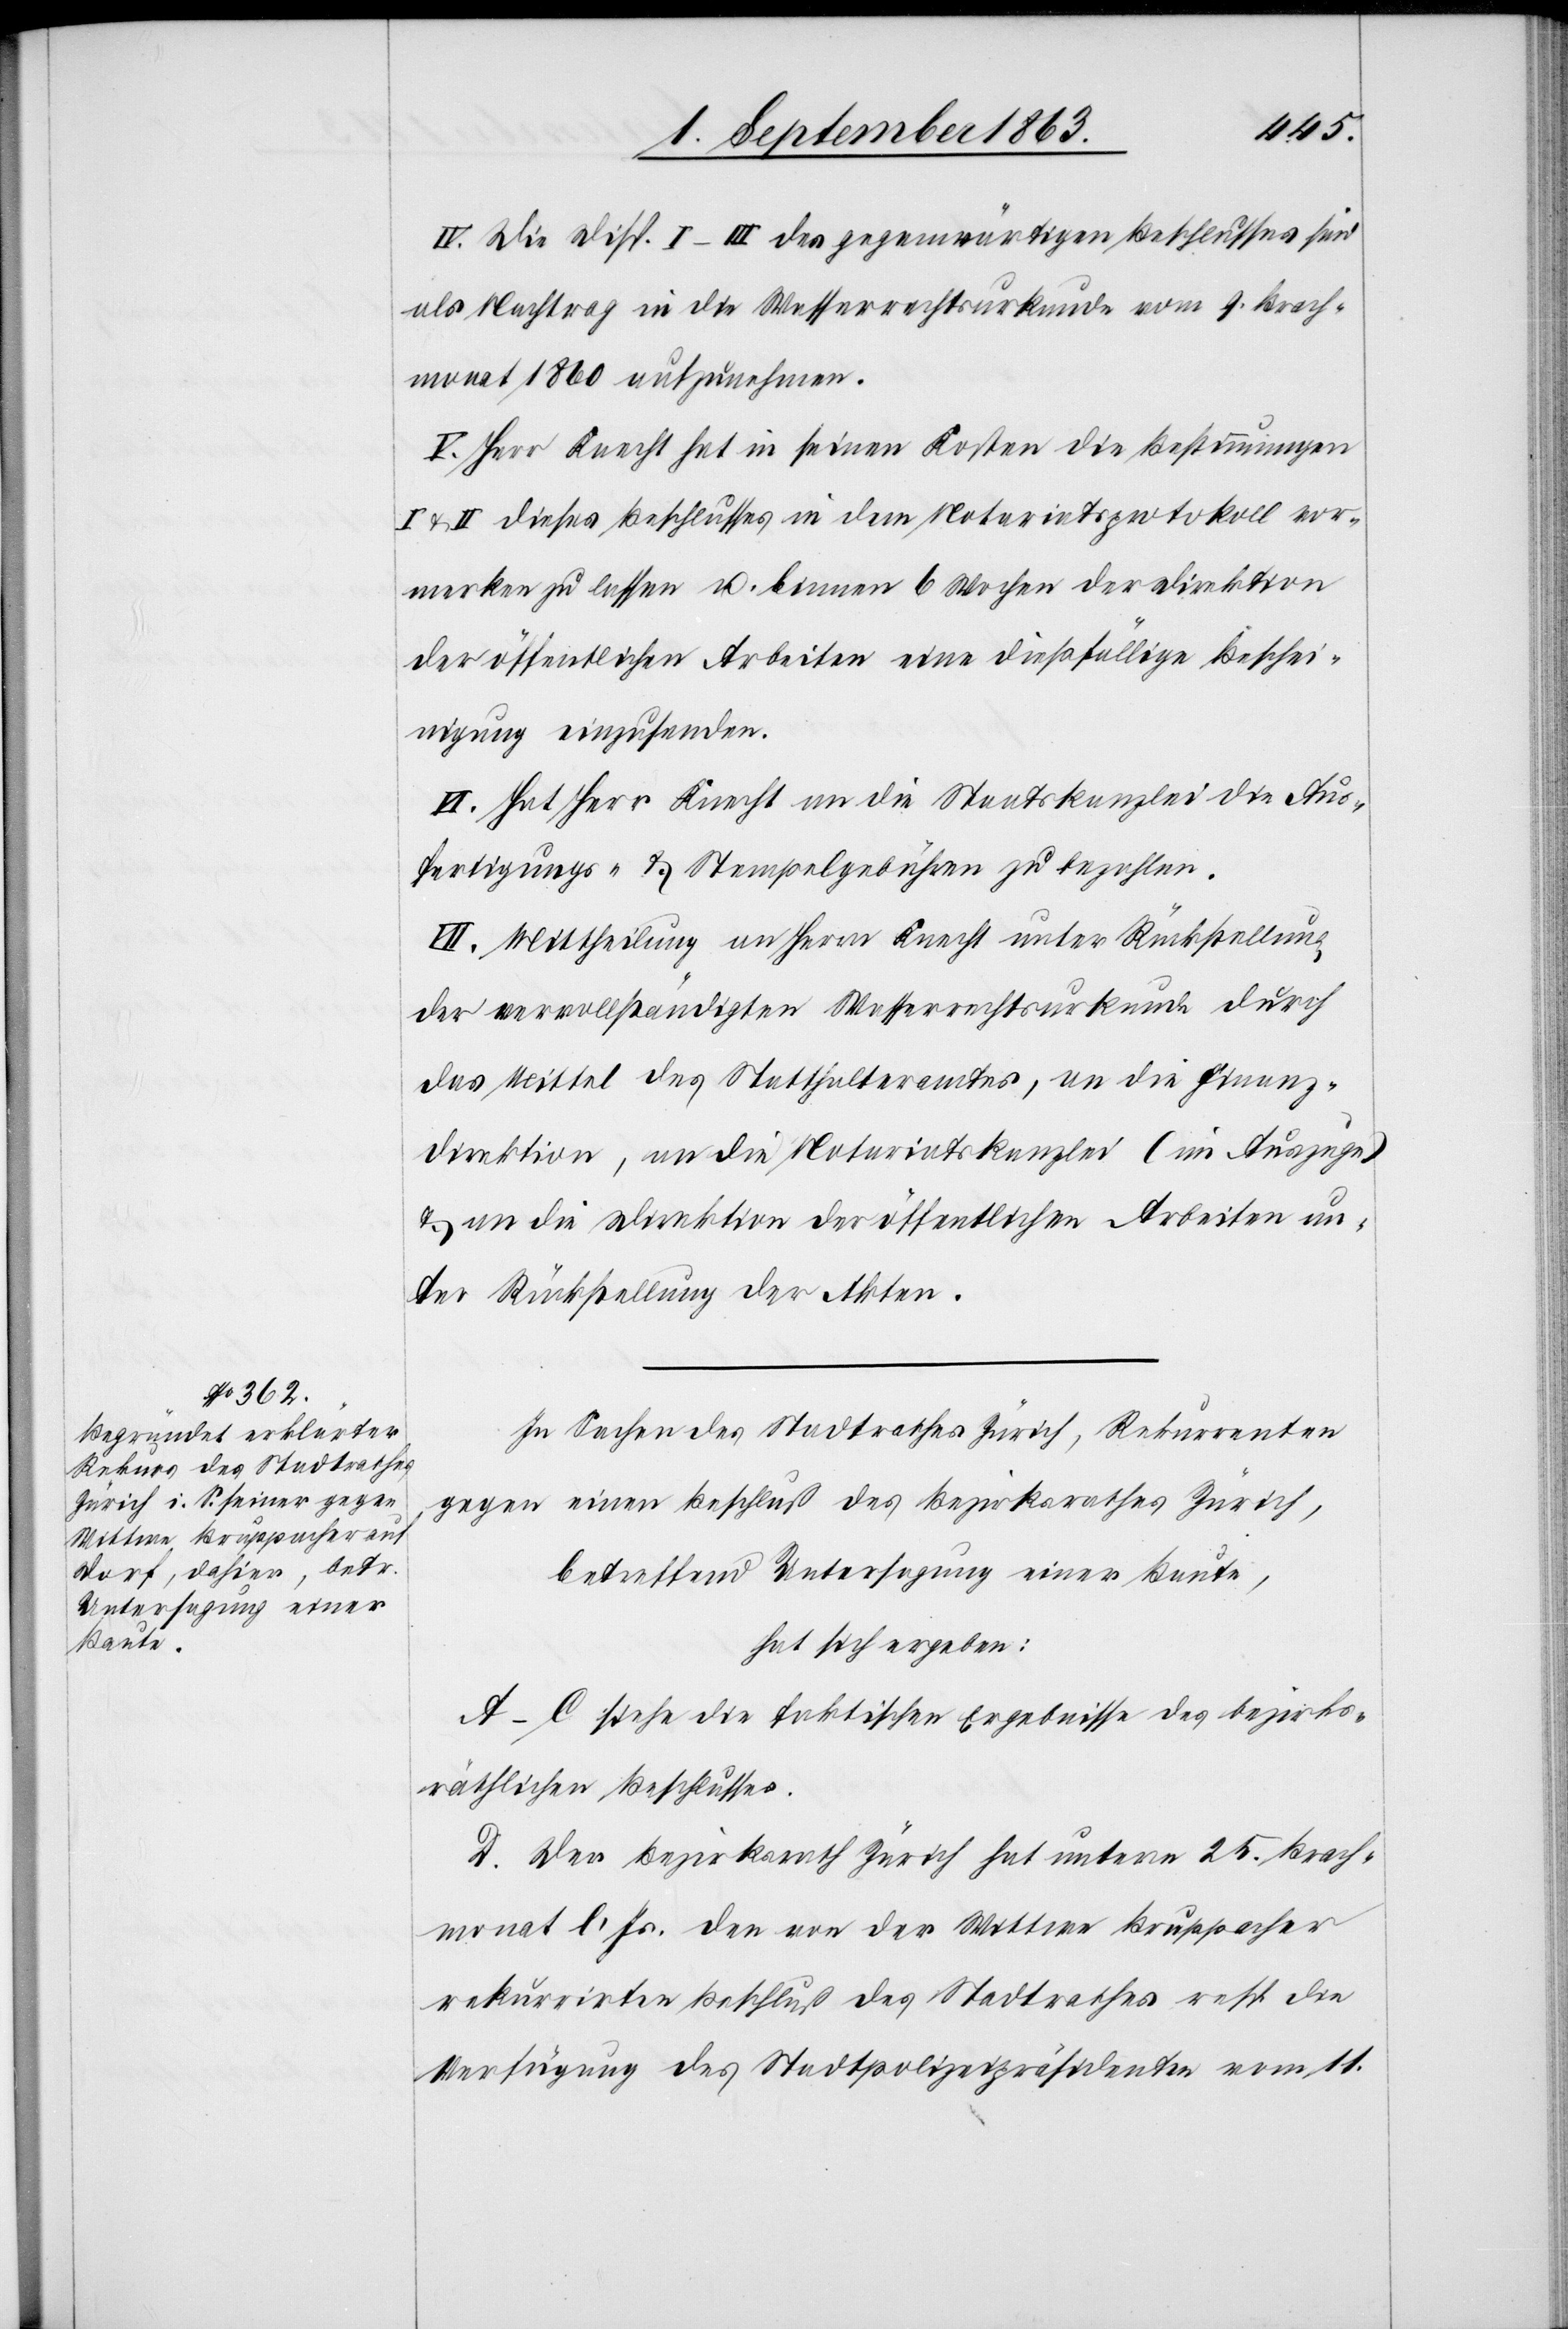
IV. Die Disp. I–III des gegenwärtigen Beschlusses sind
als Nachtrag in die Wasserrechtskurkunde vom 9. Brach¬
monat 1860 aufzunehmen.
V. Herr Knecht hat in seinen Kosten die Bestimmungen
& II dieses Beschlusses in dem Notariatsprotokoll vor¬
merken zu lassen u. binnen 6 Wochen der Direktion
der öffentlichen Arbeiten eine dießfällige Beschei¬
nigung einzusenden.
VI. Hat Herr Knecht an die Staatskanzlei die Aus¬
fertigungs- & Stempelgebühren zu bezahlen.
VII. Mittheilung an Herrn Knecht unter Rückstellung
der vervollständigten Wasserrechtsurkunde durch
das Mittel des Statthalteramtes, an die Finanz¬
direktion, an die Notariatskanzlei (im Auszuge)
& an die Direktion der öffentlichen Arbeiten un¬
ter Rückstellung der Akten.
In Sachen des Stadtrathes Zürich, Rekurrenten
gegen einen Beschluß des Bezirksrathes Zürich,
betreffend Untersagung einer Baute,
hat sich ergeben:
A–C siehe die faktischen Ergebnisse des bezirks¬
räthlichen Beschlusses.
D. Der Bezirksrath Zürich hat unterm 25. Brach¬
monat l. Js. den von der Wittwe Bruppacher
rekurrirten Beschluß des Stadtrathes resp. die
Verfügung des Stadtpolizeipräsidenten vom 11.